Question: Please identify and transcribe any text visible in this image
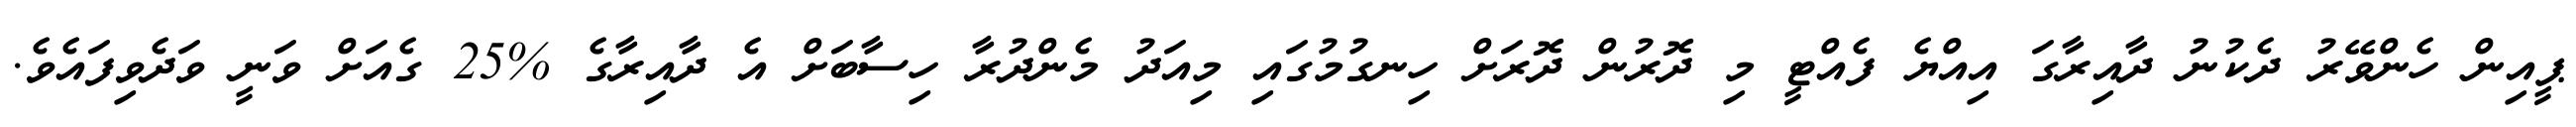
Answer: ޕީއިން ހެންވޭރު ދެކުނު ދާއިރާގަ އިއްޔެ ފެއްޓީ މި ދޮރުން ދޮރަށް ހިނގުމުގައި މިއަދު މެންދުރާ ހިސާބަށް އެ ދާއިރާގެ %25 ގެއަށް ވަނީ ވަދެވިފައެވެ.